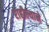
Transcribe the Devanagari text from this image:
राहील्याने